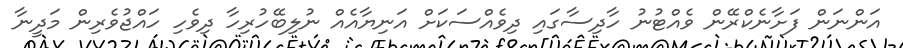
އަންނަން ފަށާނެކްރޭން ވެއްޓުނު ހާދިސާގައި ދިވެއްސަކަށް އަނިޔާއެއް ނުލިބޭހުރިހާ ދިވެހި ހައްޖުވެރިން މަދީނާ